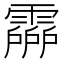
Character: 𩅶